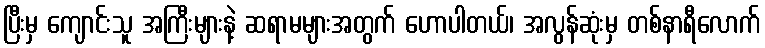
ပြီးမှ ကျောင်းသူ အကြီးများနဲ့ ဆရာမများအတွက် ဟောပါတယ်၊ အလွန်ဆုံးမှ တစ်နာရီလောက်